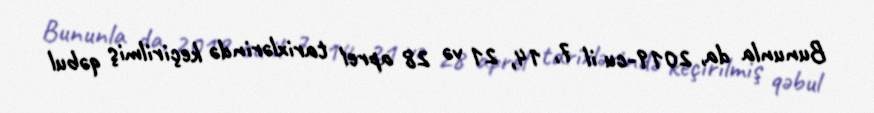
Bununla da, 2019-cu il 7, 14, 21 və 28 aprel tarixlərində keçirilmiş qəbul